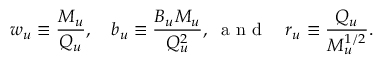
w _ { u } \equiv \frac { M _ { u } } { Q _ { u } } , \quad b _ { u } \equiv \frac { B _ { u } M _ { u } } { Q _ { u } ^ { 2 } } , \; \textrm { a n d } \quad r _ { u } \equiv \frac { Q _ { u } } { M _ { u } ^ { 1 / 2 } } .